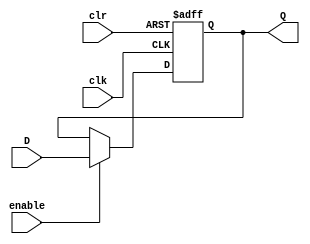
module dff_32_bit (input clr, clk, enable, input [31:0]D, output reg [31:0]Q);

    always @(posedge clk or negedge clr)
    begin
            if(clr == 0) Q <= 00000000000000000000000000000000; //32 zeros
            else if(enable) Q <= D;
    end	
    
endmodule